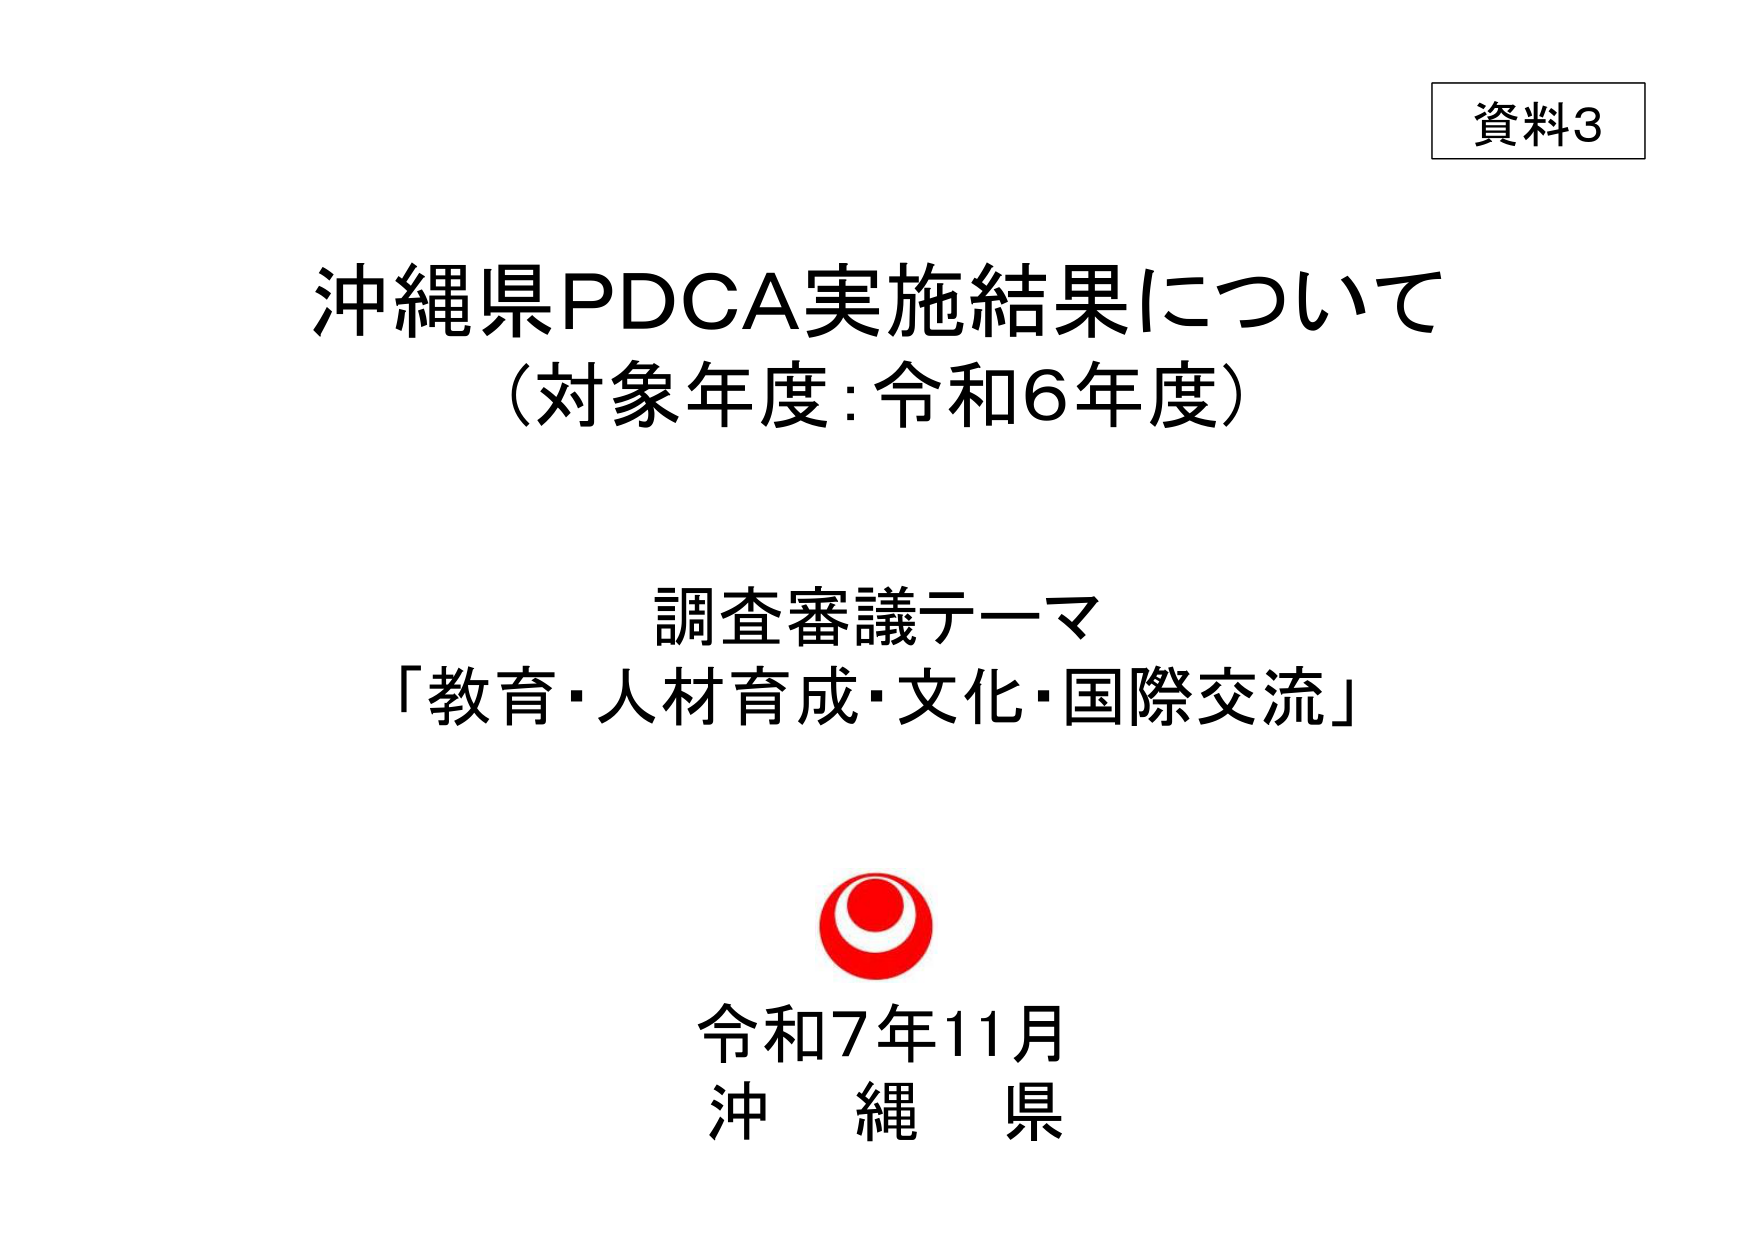
資料3

沖縄県PDCA実施結果について
（対象年度：令和6年度）

調査審議テーマ
「教育・人材育成・文化・国際交流」

令和7年11月
沖縄県